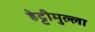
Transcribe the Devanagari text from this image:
हेट्टीमुल्ला